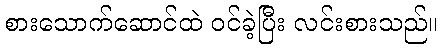
စားသောက်ဆောင်ထဲ ဝင်ခဲ့ပြီး လင်းစားသည်။